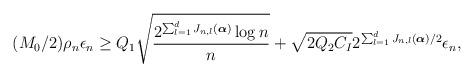
LaTeX: \begin{align*}(M_0/2)\rho_n\epsilon_n\geq Q_1\sqrt{\frac{2^{\sum_{l=1}^dJ_{n,l}(\boldsymbol{\alpha})}\log{n}}{n}}+\sqrt{2Q_2C_{I}}2^{\sum_{l=1}^dJ_{n,l}(\boldsymbol{\alpha})/2}\epsilon_n,\end{align*}